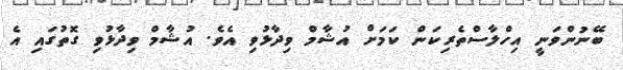
ބޭނުންވަނީ އިހްލާސްތެރިކަން ކަމަށް އުޝާމް ވިދާޅުވި އެވެ. އުޝާމް ވިދާޅުވި ގޮތުގައި އެ